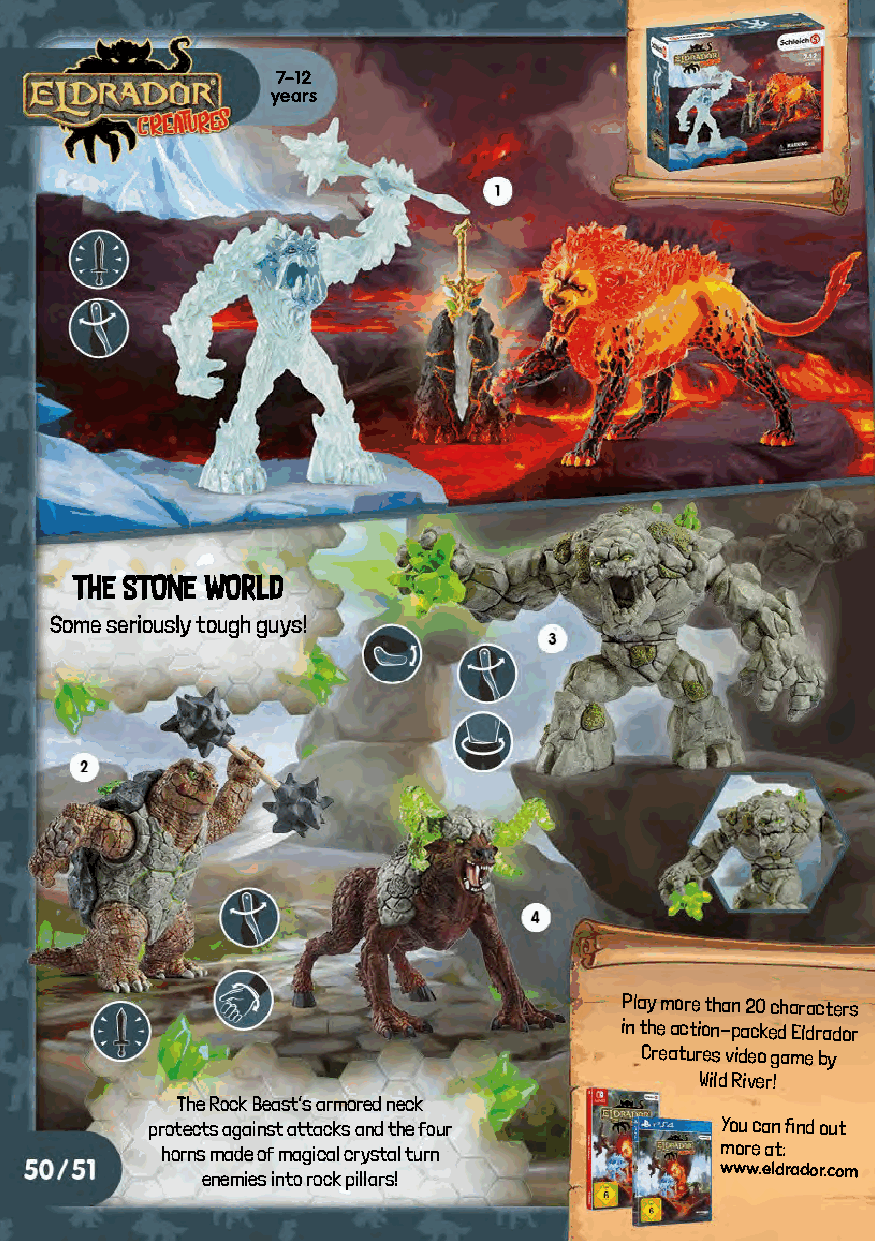
7–12
 years
 THE STONE WORLD
 Some seriously tough guys!
 Play more than 20 characters
 in the action-packed Eldrador
 Creatures video game by
 Wild River!
 The Rock Beast’s armored neck
 protects against attacks and the four You can find out
 horns made of magical crystal turn   more at:
 enemies into rock pillars!
 www.eldrador.com